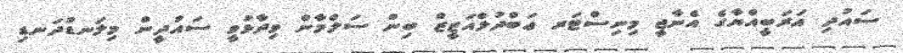
ސައުދި އަރަބީއްޔާގެ އެނާޖީ މިނިސްޓަރ ޢަބްދުލްއަޒީޒް ބިން ސަލްމާން ވިދާޅުވީ ސައުދީން މިލަނޑުދަނޑި